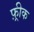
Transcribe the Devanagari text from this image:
फ़्रीक